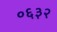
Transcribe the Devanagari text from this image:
०६३२